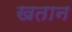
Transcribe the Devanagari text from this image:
खतान